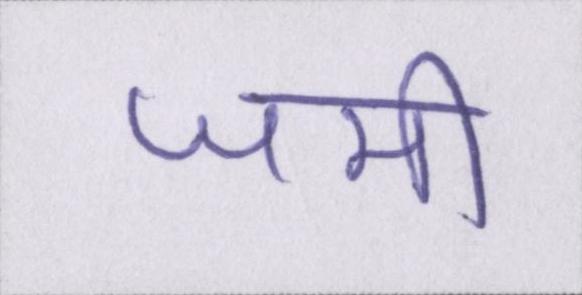
जमी